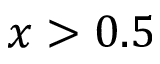
x > 0 . 5